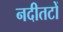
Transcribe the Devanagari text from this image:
नदीतटों